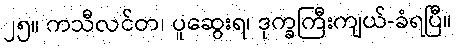
၂၅။ ကသီလင်တ၊ ပူဆွေးရ၊ ဒုက္ခကြီးကျယ်-ခံရပြီ။